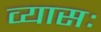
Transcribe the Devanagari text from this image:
व्यासः